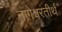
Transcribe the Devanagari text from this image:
नागेश्वरतीर्थ